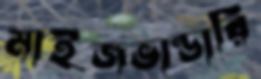
মাইজভান্ডারি